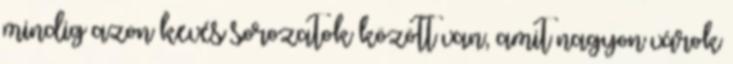
mindig azon kevés sorozatok között van, amit nagyon várok